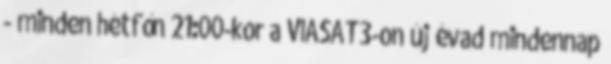
- minden hétfőn 21:00-kor a VIASAT3-on új évad mindennap